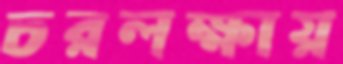
চরলক্ষায়